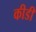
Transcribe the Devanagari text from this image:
कीडी